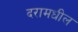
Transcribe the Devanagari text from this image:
दरामधील